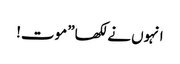
انہوں نے لکھا” موت!